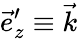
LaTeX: \vec{e}_{z}^{\prime}\equiv\vec{k}